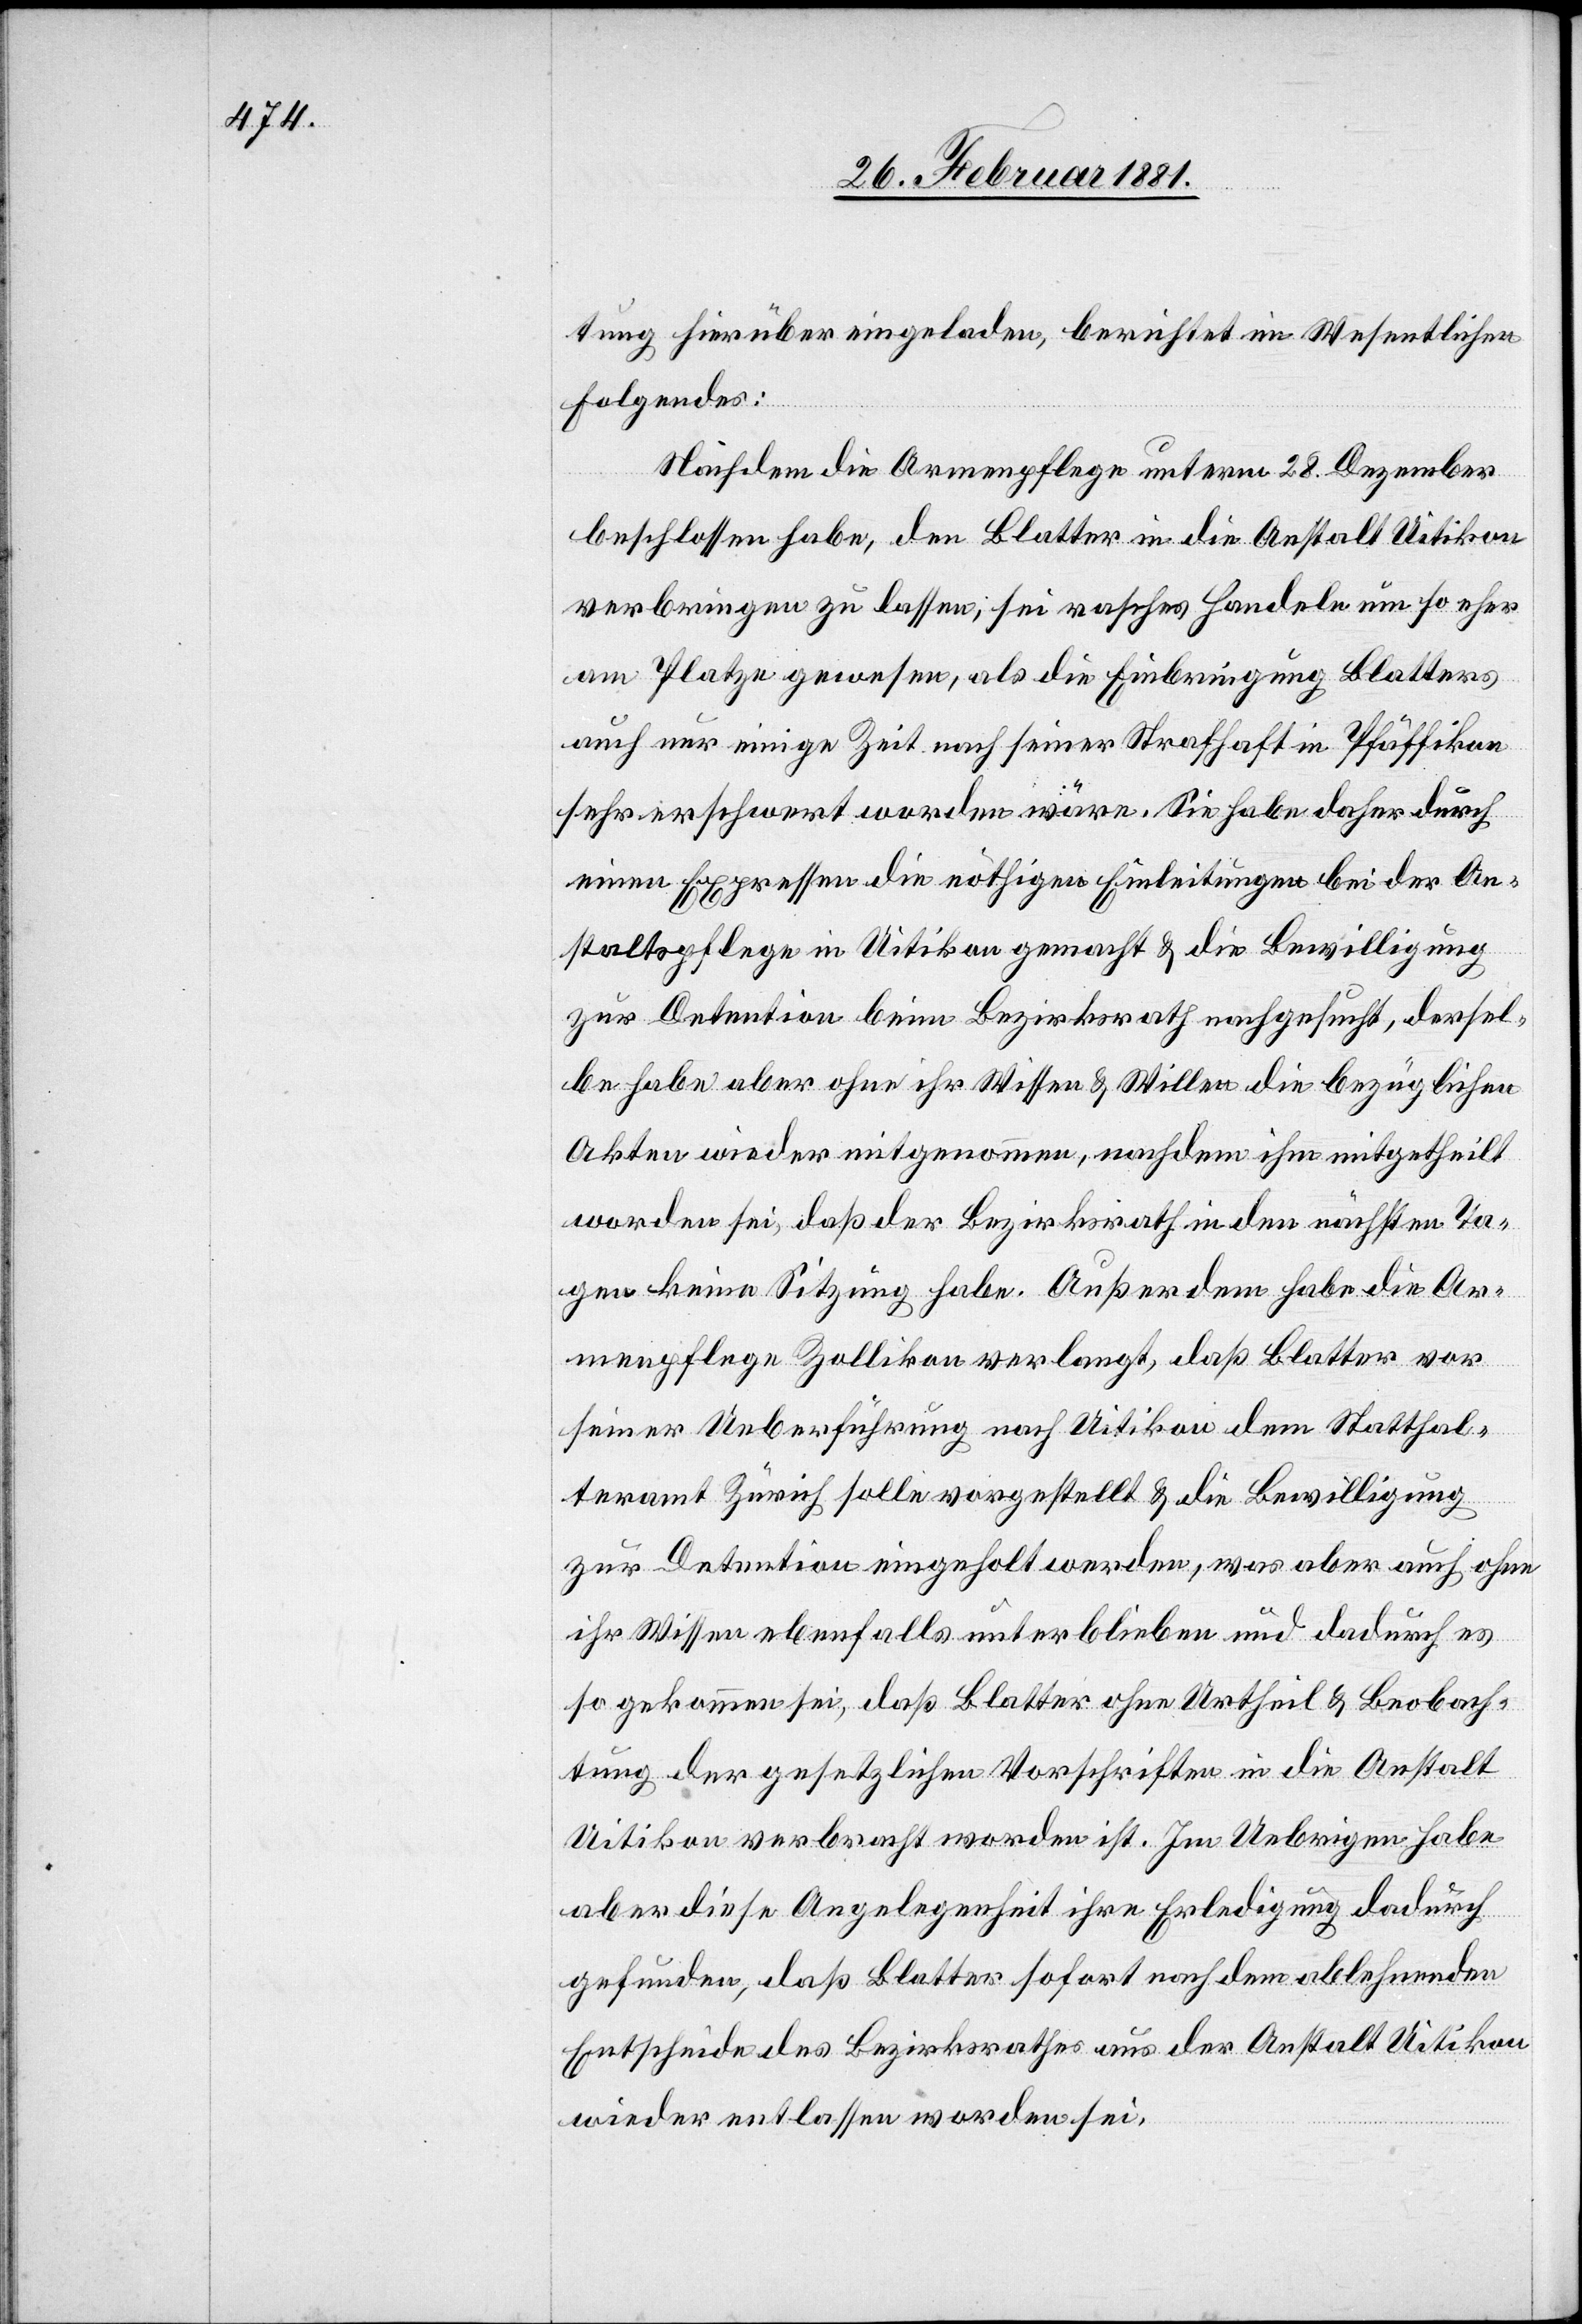
tung, hierüber eingeladen, berichtet im Wesentlichen
folgendes:
Nachdem die Armenpflege unterm 28. Dezember
beschlossen habe, den Blatter in die Anstalt Uitikon
verbringen zu lassen, sei rasches Handeln um so eher
am Platze gewesen, als die Einbringung Blatters
auch nur einige Zeit nach seiner Strafhaft in Pfäffikon
sehr erschwert worden wäre. Sie habe daher durch
einen Expressen die nöthigen Einleitungen bei der An¬
staltspflege in Uitikon gemacht & die Bewilligung
zur Detention beim Bezirksrath nachgesucht, dersel¬
be habe aber ohne ihr Wissen & Willen die bezüglichen
Akten wiederum mitgenommen, nachdem ihm mitgetheilt
worden sei, daß der Bezirksrath in den nächsten Ta¬
gen keine Sitzung habe. Außerdem habe die Ar¬
menpflege Zollikon verlangt, daß Blatter vor
seiner Ueberführung nach Uitikon dem Statthal¬
teramt Zürich solle vorgestellt & die Bewilligung
zur Detention eingeholt werden, was aber auch ohne
ihr Wissen ebenfalls unterblieben und dadurch es
so gekommen sei, daß Blatter ohne Urtheil & Beobach¬
tung der gesetzlichen Vorschriften in die Anstalt
Uitikon verbracht worden ist. Im Uebrigen habe
aber diese Angelegenheit ihre Erledigung dadurch
gefunden, daß Blatter sofort nach dem ablehnenden
Entscheide des Bezirksrathes aus der Anstalt Uitikon
wieder entlassen worden sei.